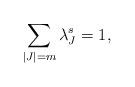
LaTeX: \begin{align*} \sum_{|J|=m} \lambda^s_J =1, \end{align*}